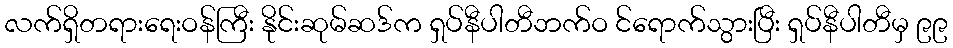
လက်ရှိတရားရေးဝန်ကြီး နိုင်းဆုမ်ဆဒ်က ရှပ်နီပါတီဘက်ဝ င်ရောက်သွားပြီး ရှပ်နီပါတီမှ ၉၉